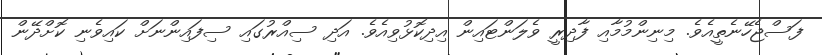
ފަސްޖެހޭނެތީއެވެ. މިނިންމުމާއި ފާދިރީ ވެލަންޓައިން އިދިކޮޅުވިއެވެ. އަދި ސިއްރުގައި ސިފައިންނަށް ކައިވެނި ކޮށްދޭން